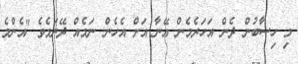
މި ހިސާބުން ދެން އަހަރެމެން އޭނާ އަށް އެހެން ނަމެއް ދޭނަމެވެ "އެންމެ